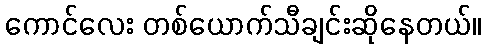
ကောင်လေး တစ်ယောက်သီချင်းဆိုနေတယ်။